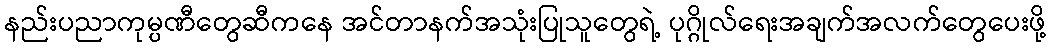
နည်းပညာကုမ္ပဏီတွေဆီကနေ အင်တာနက်အသုံးပြုသူတွေရဲ့ ပုဂ္ဂိုလ်ရေးအချက်အလက်တွေပေးဖို့